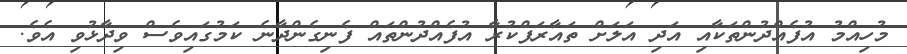
މުހިއްމު އުފެއްދުންތަކާއި އަދި އަލަށް ތައާރަފްކުރާ އުފެއްދުންތައް ފެނިގެންދާނެ ކަމުގައިވެސް ވިދާޅުވި އެވެ.